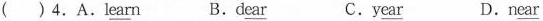
( ) 4.A.l\underline{e}\underline{a}\underline{r}n B.d\underline{e}\underline{a}\underline{r} C.y\underline{e}\underline{a}\underline{r} D.n\underline{e}\underline{a}\underline{r}